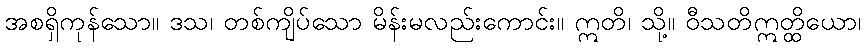
အစရှိကုန်သော။ ဒသ၊ တစ်ကျိပ်သော မိန်းမလည်းကောင်း။ ဣတိ၊ သို့။ ဝီသတိဣတ္ထိယော၊